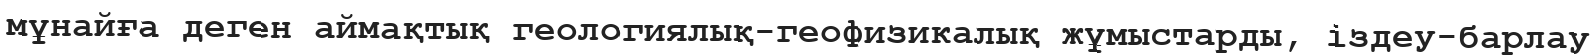
мұнайға деген аймақтық геологиялық-геофизикалық жұмыстарды, іздеу-барлау